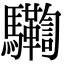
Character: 𩧛